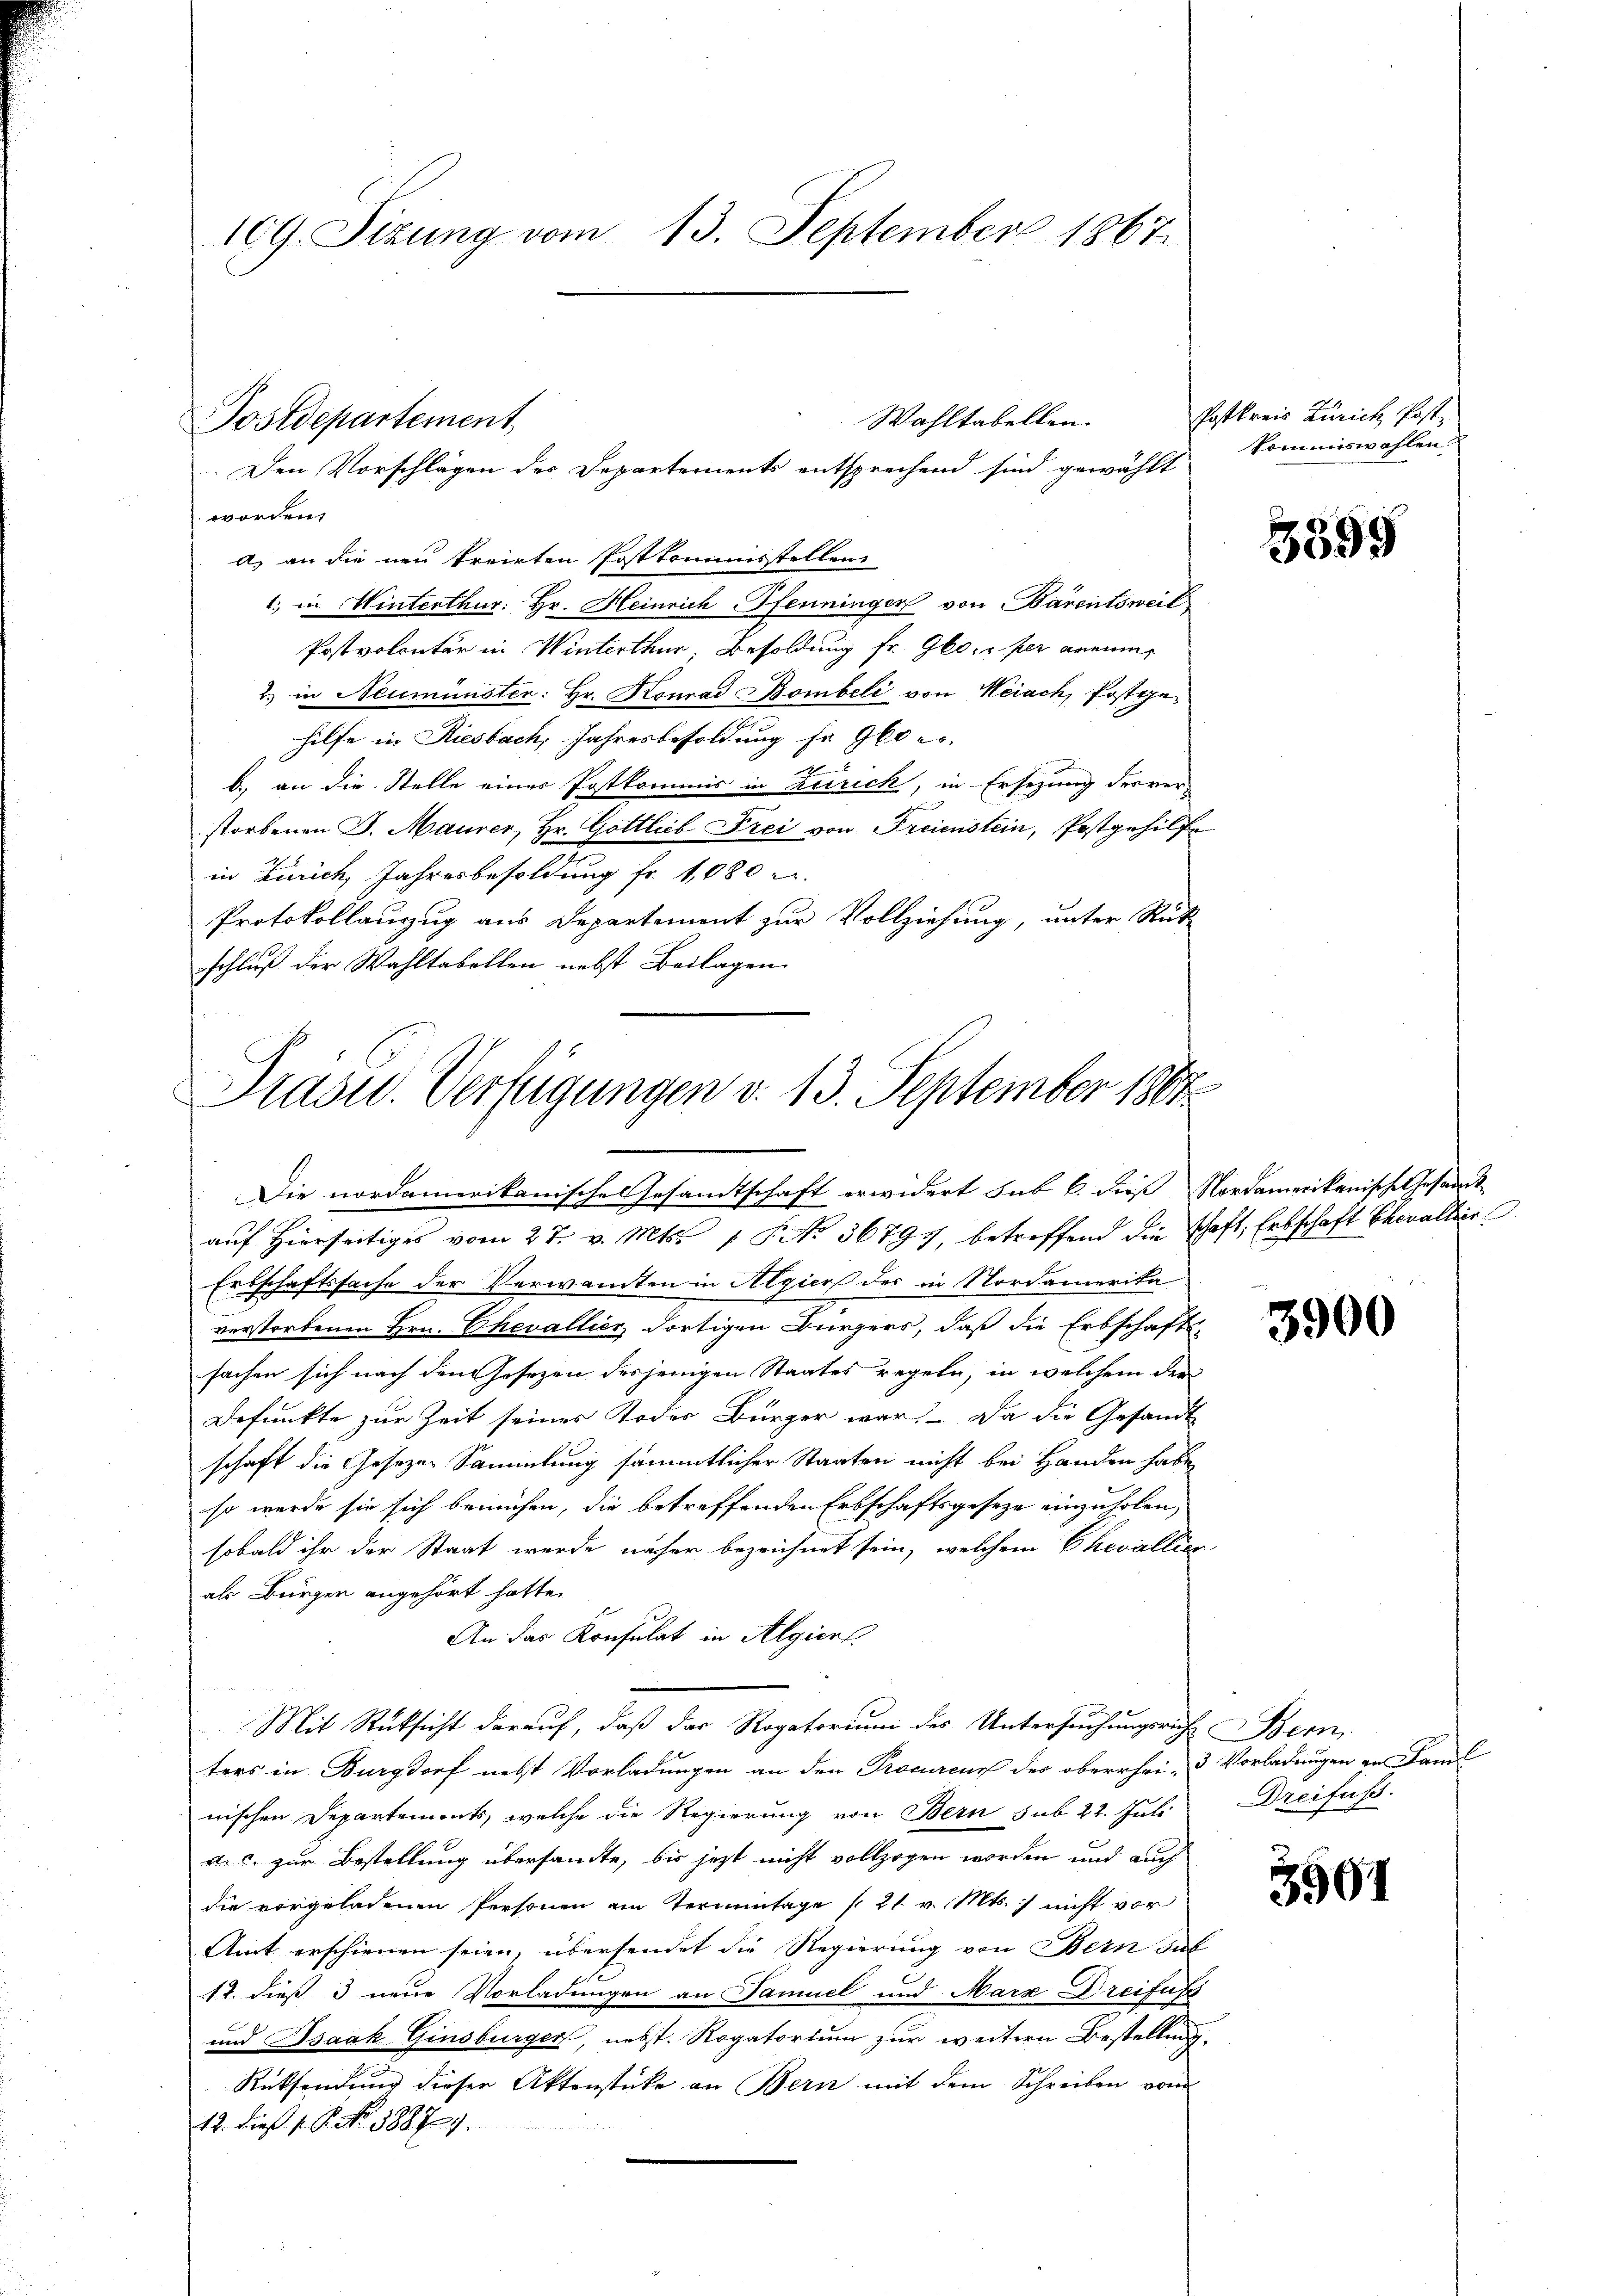
109. Sizung vom 13. September 1867.

Wahltabellen.
Postdepartement
Den Vorschlägen des Departements entsprechend sind gewählt

worden,
A. an die neu treiten Postkommnisstellen
1. in Winterthur: Hr. Heinrich Pfenninger von Bärentsweil
Postvolontär in Winterthur, Besoldung fr. Glocker anein
2) in Neumünster: Hr. Konrad Bombeli von Weiach, Postge
hilfe in Riesbach, Jahresbesoldung fr. 960
b.) an die Stelle eines Postkommis in Zürich, in Ersezung des ver-
storbenen J. Maurer, Hr. Gottlieb Frei von Freienstein, Postgehilfe
in Zürich, Jahresbesoldung fr. 1080 u
Protokollauzug aus Departement zur Vollziehung, unter Rüt
schluß der Wahltabellen nebst Beilagen

Präsid. Verfügungen d. 13. September 1800.
Die nordamerikanische Gesamtschaft erwidert sub 6. dieß Nordamerikanische Gesamt-

auf hierseitiges vom 27. v. Mts. 1 P. No 36797, betreffend die schaft, Erbschaft Chevaller
Erbschaftssache der Verwandten in Algiers des in Nordamerika
verstorbenen Hrn. Chevallier dortigen Bürgers, daß die Erbschafts-
sachen sich nach den Gesezen desjenigen Staates regeln, in welchem der
Defunkte zur Zeit seines Todes Bürger war! Da die Gesandt
schaft die Gesezen Sammlung sämmtlicher Staaten nicht bei Handen habe
so werde sie sich bemühen, die betreffenden Erbschaftsgeseze einzuholen,
sobald ihr der Staat werde näher bezeichnet sein, welchem Chevallier
als Bürger angehört hatte.
An das Konsulat in Algier
Mit Rüksicht darauf, daß das Rogatorium des Untersuchungsrich Bern
ters in Burgdorf nebst Vorladungen an den Procureur des oberrhei- & Vorladungen an Famil
nischen Departements, welche die Regierung von Bern sub 22. Juli
vic zur Bestellung übersandte, bis jetzt nicht vollzogen worden und auch
die vorgeladenen Personen am Termintage /:21. v. Mts. nicht vor
Amt erschienen seien, übersendet die Regierung von Bern das
12. dieß 3 neue Vorladungen an Samuel und Marx Dreifuss
und Isaak Ginsburger, nebst. Rogatorium zur weitern Bestellung.
Rücksendung dieser Aktenstücke an Bern mit dem Schreiben vom
12. dieß s. S. No. 588. 727.

Poskreis Zürich Postkommiswahlen.

3599

3900

Dreifuss.

3961